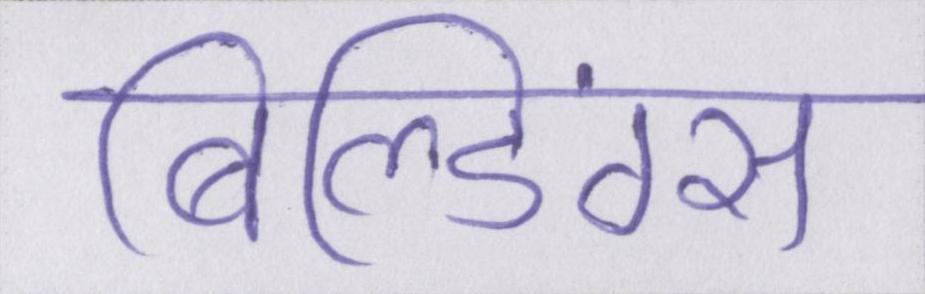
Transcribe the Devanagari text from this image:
बिल्डिंग्स